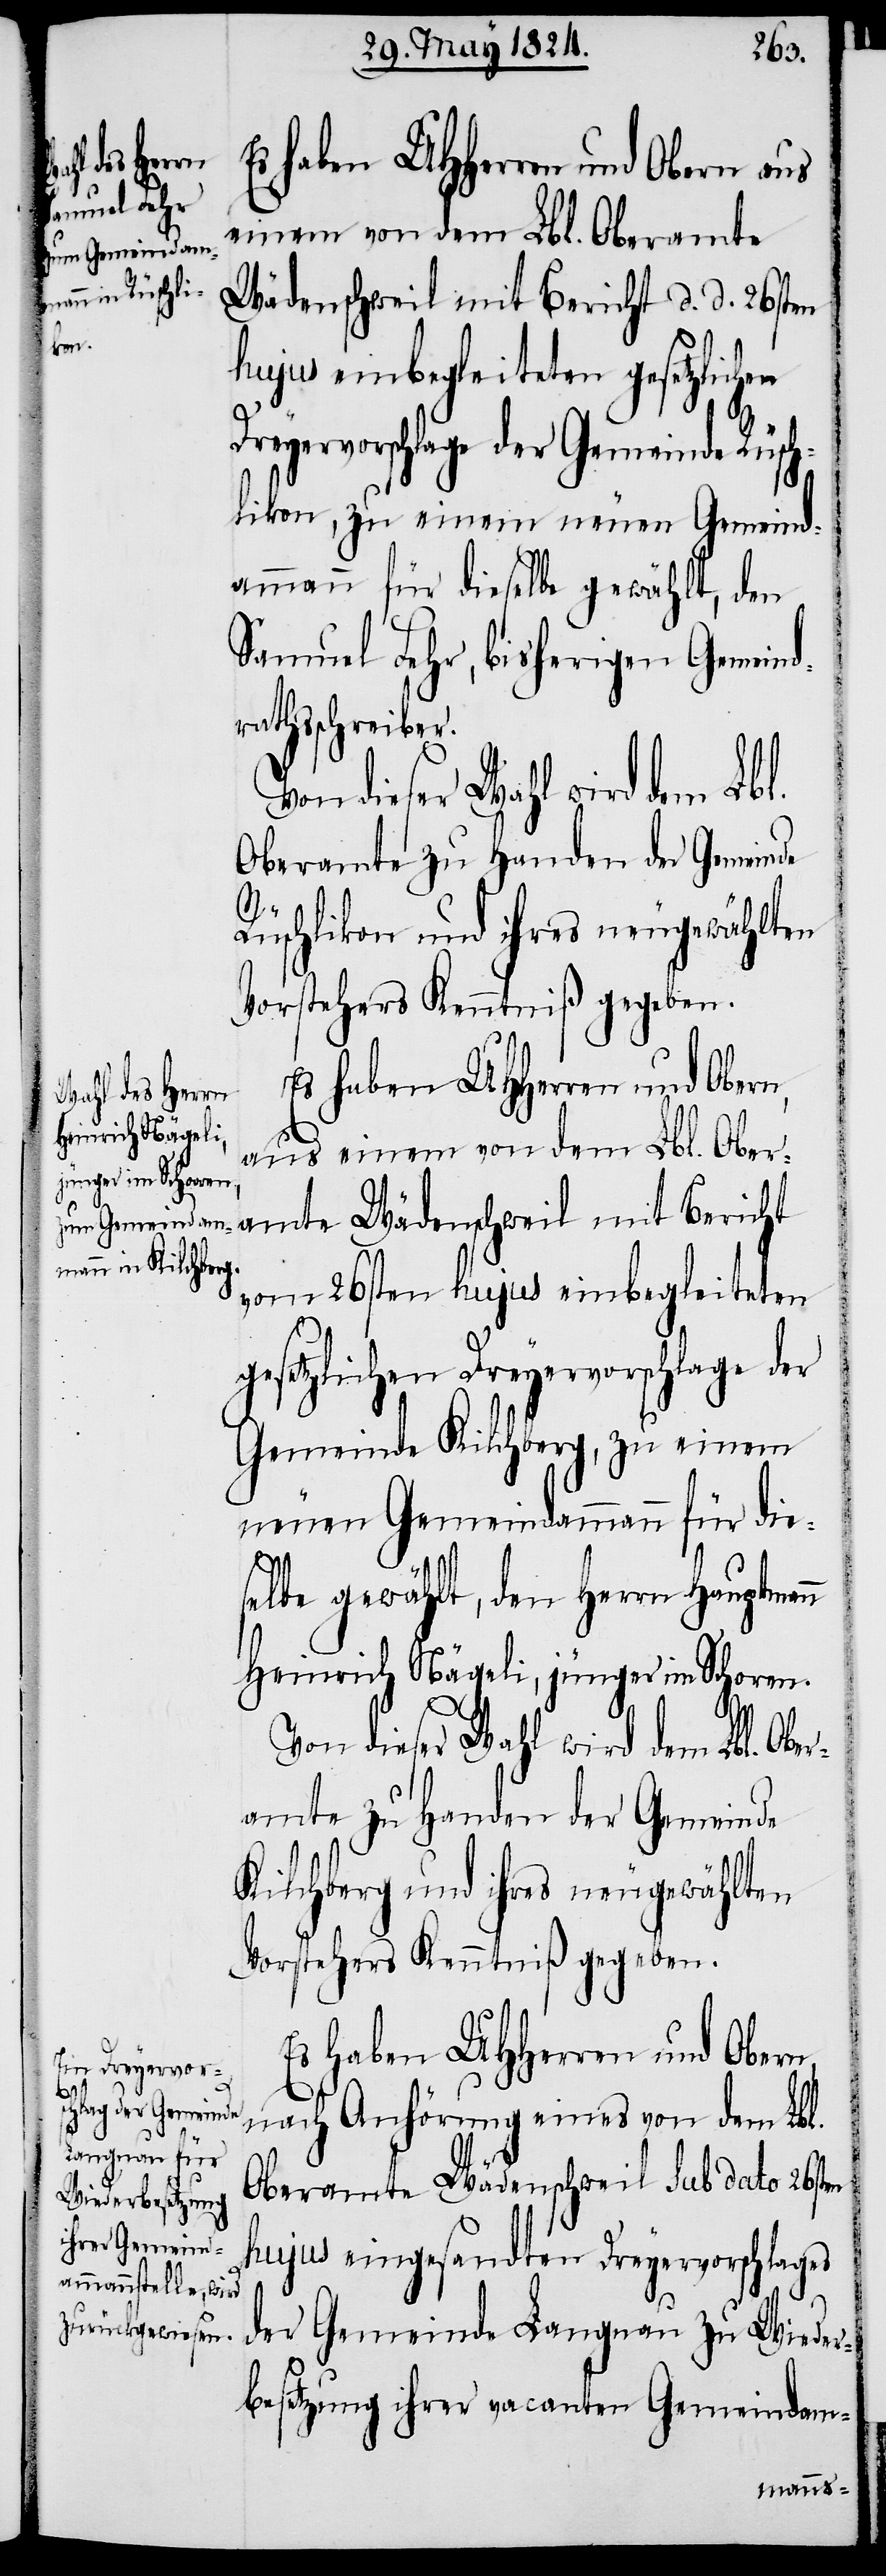
Es haben UHHerren und Obern aus
einem von dem Lbl. Oberamte
Wädenschweil mit Bericht d. d. 26sten
hujus einbegleiteten gesetzlichen
Dreyervorschlage der Gemeinde Rüsch¬
likon, zu einem neuen Gemeind¬
ammann für dieselbe gewählt, den
Samuel Fehr, bisherigen Gemeind¬
rathsschreiber.
Von dieser Wahl wird dem Lbl.
Oberamte zu Handen der Gemeinde
Rüschlikon und ihres neugewählten
Vorstehers Kenntniß gegeben.
Heinrich Nägeli,
aus einem von dem Lbl. Ober¬
jünger im Schoren
amte Wädenschweil mit Bericht
vom 26sten hujus einbegleiteten
gesetzlichen Dreyervorschlage der
Gemeinde Kilchberg, zu einem
neuen Gemeindammann für die¬
selbe gewählt, den Herrn Hauptmann
Kilchberg und ihres neugewählten
Vorstehers Kenntniß gegeben.
Es haben UHHerren und Obern,
nach Anhörung eines von dem Lbl.
Oberamte Wädenschweil sub dato 26sten
hujus eingesandten Dreyervorschlages
der Gemeinde Langnau zu Wieder¬
besetzung ihrer vacanten Gemeindam-